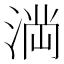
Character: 𭱎